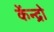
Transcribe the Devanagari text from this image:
केंन्द्रो